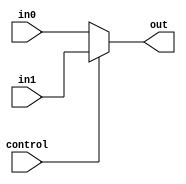
`timescale 1ns / 1ps
//////////////////////////////////////////////////////////////////////////////////
// Company: 
// Engineer: 
// 
// Design Name: 
// Module Name: Multiplexer5
// Project Name: 
// Target Devices: 
// Tool Versions: 
// Description: 
// 
// Dependencies: 
// 
// Revision:
// Revision 0.01 - File Created
// Additional Comments:
// 
//////////////////////////////////////////////////////////////////////////////////


module Multiplexer5(
    input control,
    input [4:0] in1,
    input [4:0] in0,
    output reg [4:0] out
    );
    
    always @(control or in1 or in0) begin
   		out = (control == 1) ? in1 : in0;
    end
    
endmodule